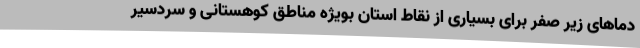
دماهای زیر صفر برای بسیاری از نقاط استان بویژه مناطق کوهستانی و سردسیر